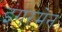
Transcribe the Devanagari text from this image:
इंगरमेन